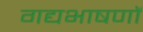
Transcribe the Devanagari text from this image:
गद्यभाषणों